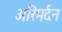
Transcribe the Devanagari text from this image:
अरिमर्दन